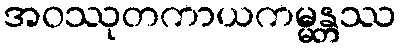
အဝဿုတကာယကမ္မန္တဿ